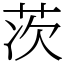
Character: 茨